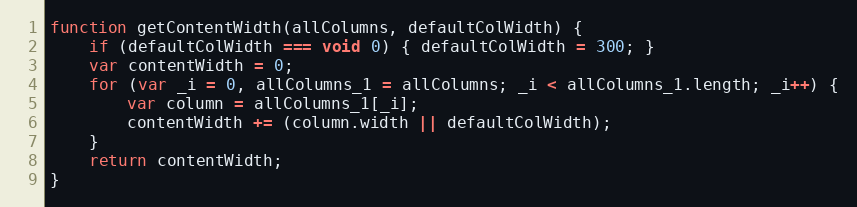
Language: JavaScript
function getContentWidth(allColumns, defaultColWidth) {
    if (defaultColWidth === void 0) { defaultColWidth = 300; }
    var contentWidth = 0;
    for (var _i = 0, allColumns_1 = allColumns; _i < allColumns_1.length; _i++) {
        var column = allColumns_1[_i];
        contentWidth += (column.width || defaultColWidth);
    }
    return contentWidth;
}